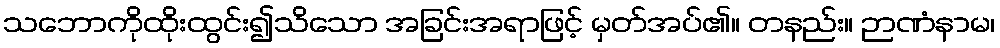
သဘောကိုထိုးထွင်း၍သိသော အခြင်းအရာဖြင့် မှတ်အပ်၏။ တနည်း။ ဉာဏံနာမ၊